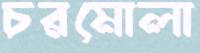
চরমোলা